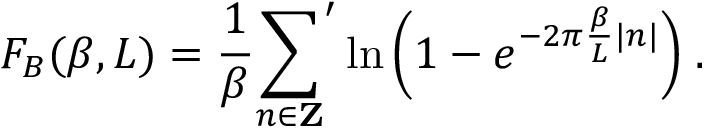
F _ { B } ( \beta , L ) = \frac { 1 } { \beta } { \sum _ { n \in { \bf Z } } } ^ { \prime } \ln { \left( 1 - e ^ { - 2 \pi \frac { \beta } { L } | n | } \right) } \; .